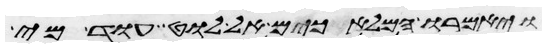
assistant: ויאמרו המלאכים אל לוט עוד מי